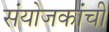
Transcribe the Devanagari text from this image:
संयोजकांची